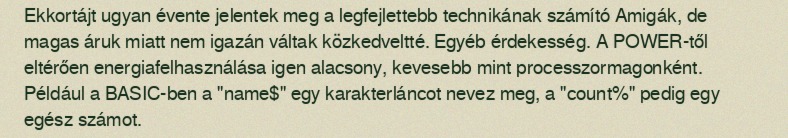
Ekkortájt ugyan évente jelentek meg a legfejlettebb technikának számító Amigák, de magas áruk miatt nem igazán váltak közkedveltté. Egyéb érdekesség. A POWER-től eltérően energiafelhasználása igen alacsony, kevesebb mint processzormagonként. Például a BASIC-ben a "name$" egy karakterláncot nevez meg, a "count%" pedig egy egész számot.